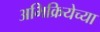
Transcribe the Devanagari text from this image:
अभिक्रियेच्या